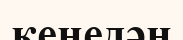
кенедән